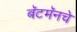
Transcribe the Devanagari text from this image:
बॅटमॅनचे